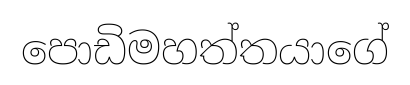
පොඩිමහත්තයාගේ